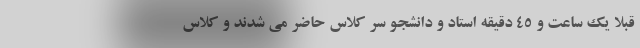
قبلا یک ساعت و ۴۵ دقیقه استاد و دانشجو سر کلاس حاضر می شدند و کلاس